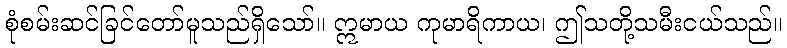
စုံစမ်းဆင်ခြင်တော်မူသည်ရှိသော်။ ဣမာယ ကုမာရိကာယ၊ ဤသတို့သမီးငယ်သည်။